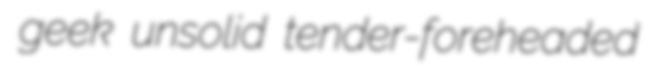
geek unsolid tender-foreheaded